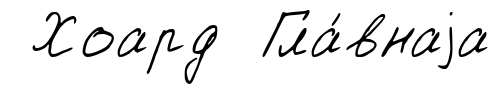
Хоард Гла́внаjа